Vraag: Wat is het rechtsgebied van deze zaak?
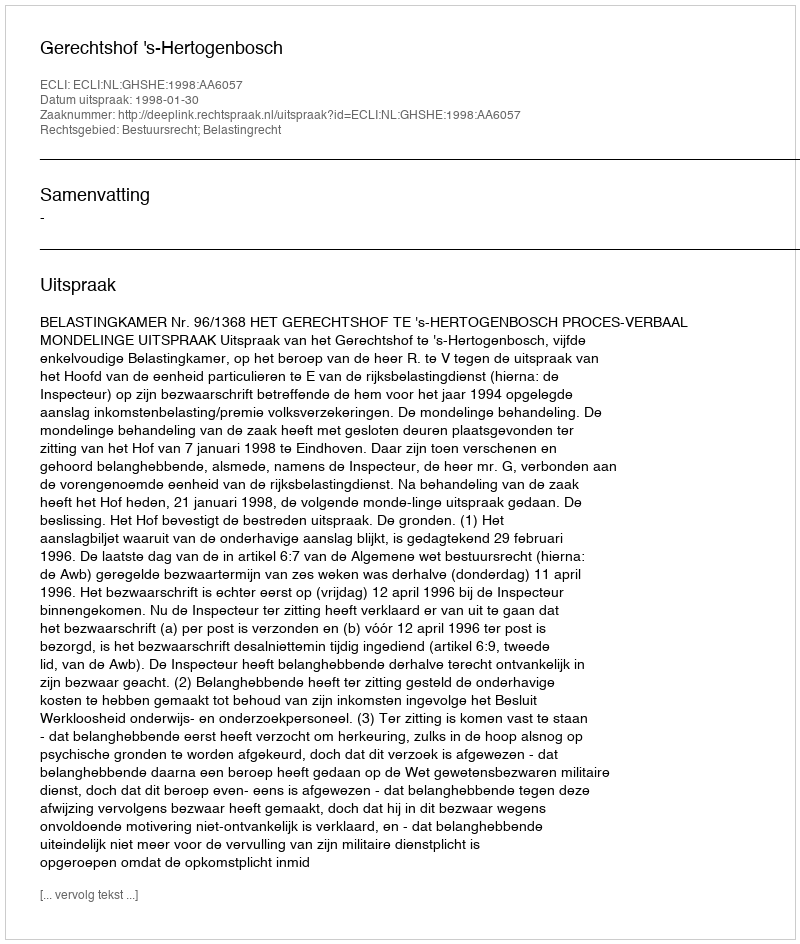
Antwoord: Bestuursrecht; Belastingrecht